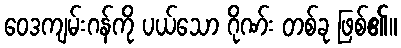
ဝေဒကျမ်းဂန်ကို ပယ်သော ဂိုဏ်း တစ်ခု ဖြစ်၏။